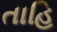
તાહિ